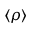
\langle \rho \rangle